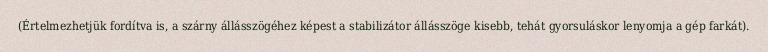
(Értelmezhetjük fordítva is, a szárny állásszögéhez képest a stabilizátor állásszöge kisebb, tehát gyorsuláskor lenyomja a gép farkát).